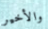
والأخير